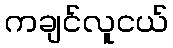
ကချင်လူငယ်